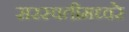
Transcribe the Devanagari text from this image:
सरस्वतीमध्वरे